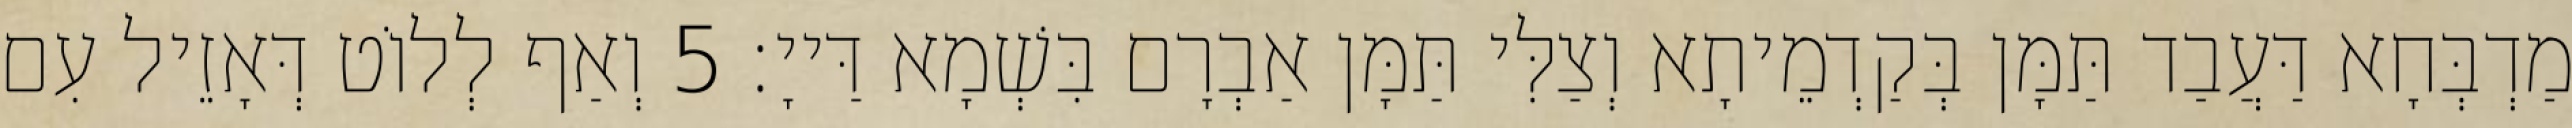
מַדְבְּחָא דַּעֲבַד תַּמָּן בְּקַדְמֵיתָא וְצַלִּי תַּמָּן אַבְרָם בִּשְׁמָא דַּייָ׃ 5 וְאַף לְלוֹט דְּאָזֵיל עִם